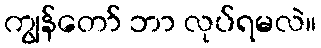
ကျွန်တော် ဘာ လုပ်ရမလဲ။